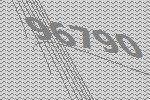
96790